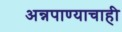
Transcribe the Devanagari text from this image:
अन्नपाण्याचाही